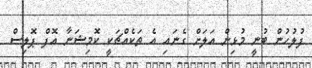
ފުލުހުން ބުނީ މުޅިން އަލަށް ގެނައި އެ ތަކެއްޗަކީ ކޮމިޝަނާ އޮފް ޕޮލިސް